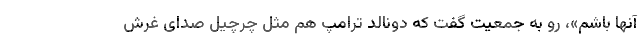
آنها باشم»، رو به جمعیت گفت که دونالد ترامپ هم مثل چرچیل صدای غرش